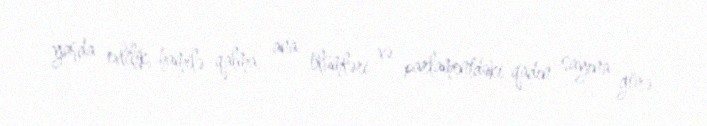
yaşda evlilik, hamilə qalma, ana ölümləri və parlamentdəki qadın sayına görə